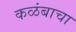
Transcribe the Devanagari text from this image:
कळंबाचा